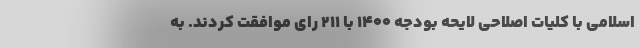
اسلامی با کلیات اصلاحی لایحه بودجه ۱۴۰۰ با ۲۱۱ رای موافقت کردند. به